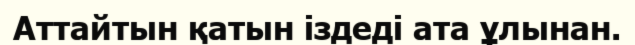
Аттайтын қатын iздедi ата ұлынан.